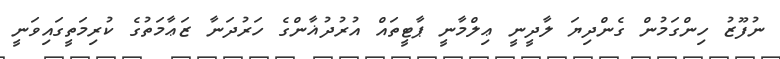
ނުފޫޒު ހިންގަމުން ގެންދިޔަ ލާދީނީ ޢިލްމާނީ ޕާޓީތައް އުރުދުޣާންގެ ހަރުދަނާ ޒަޢާމަތުގެ ކުރިމަތީގައިވަނީ